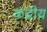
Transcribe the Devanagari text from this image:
कंद्रीय